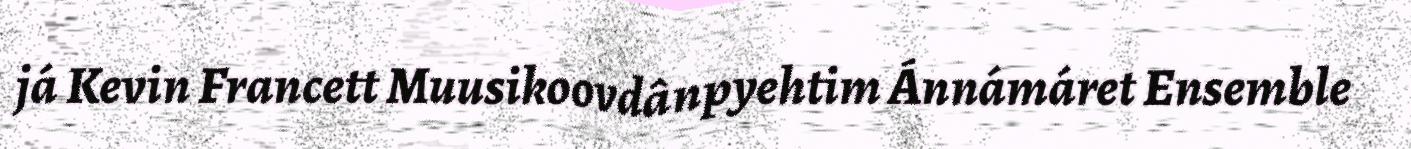
já Kevin Francett Muusikoovdânpyehtim Ánnámáret Ensemble